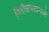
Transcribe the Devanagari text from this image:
निरीक्षणाप्रमाणे